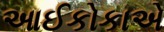
આઈકોકાએ